system: You are a helpful assistant.
user:
Analyze the provided spectrum to determine if it is a **Carbon Star (C-type)**.

- **Key Visual Indicators of Carbon Star:**
    - **(Primary):** Strong molecular absorption from **C₂ (diatomic carbon) "Swan Bands."** This is the **defining feature** of a carbon star.
        - **(Key Bandheads):** Sharp absorption edges are visible at approximately $5635$ Å, $5165$ Å (the strongest band), and $4737$ Å.
        - **(Line Profile):** Creates a distinct **"saw-tooth"** pattern. The key morphology is a sharp, steep bandhead on the **red (long-wavelength) side**, which then gradually tapers off (i.e., flux recovers) towards the **blue (short-wavelength) side**. *(This is the direct opposite of the TiO bands seen in M-type stars)*.

    - **(Secondary):** Intense **CN (cyanogen)** molecular absorption bands.
        - **(Key Bandheads):** Located in the blue and violet regions of the spectrum (e.g., near $4215$ Å and $3883$ Å).
        - **(Morphology):** These bands are extremely broad and act as a "blanket," absorbing the vast majority of blue and violet light. This creates a characteristic **"cliff"** or **"steep drop-off"** in the spectrum's flux at short wavelengths.

    - **(Key Confirmation):** Strong **CH absorption band (G-band)**.
        - **(Key Bandhead):** Located around $4300$ Å. The contribution from CH molecules to this band is exceptionally strong.

    - **(Overall Spectrum):**
        - The continuum is severely "chopped up" by these deep molecular bands, especially C₂, rather than appearing as a smooth curve.
        - Due to the heavy CN and C₂ absorption in the blue-green, the vast majority of the star's flux is concentrated in the red part of the spectrum, giving the star its characteristic deep red color.

Think first, call **spectral_visualization_tool** if needed to examine features in detail, then provide your final answer. Your response must adhere to the following strict rules:
1.  **Overall Structure:** Your response must follow the format `<think>...</think> <tool_call>...</tool_call> (if a tool is used) <answer>...</answer>`.
2.  **Tool Usage Constraint:** You may only make **one** tool call per turn.
3.  **Final Answer Format:** In the `<answer>` tag, your conclusion must be inside a `\boxed{}` command (e.g., `\boxed{YES}`), followed by your justification.

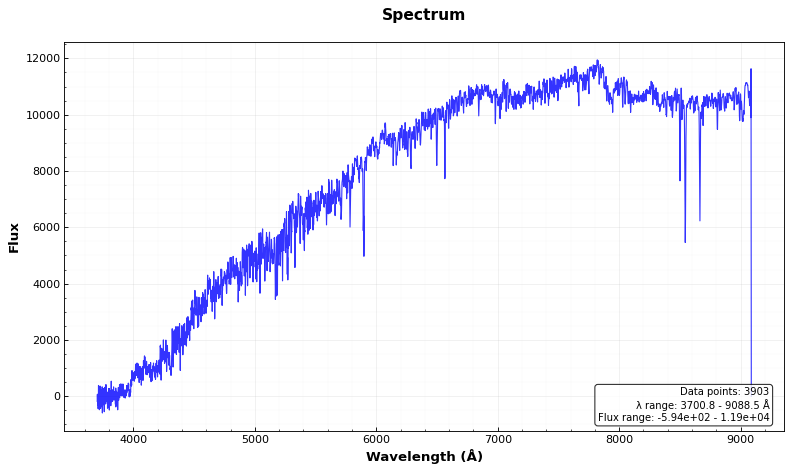
Answer: NO